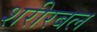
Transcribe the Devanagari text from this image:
शरीरबल